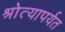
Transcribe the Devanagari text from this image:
श्रोत्यापर्यत